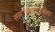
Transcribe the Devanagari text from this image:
सामानवाहतूकसेवा